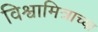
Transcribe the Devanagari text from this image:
विश्वामित्राच्या